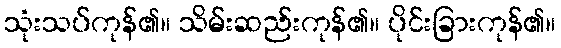
သုံးသပ်ကုန်၏။ သိမ်းဆည်းကုန်၏။ ပိုင်းခြားကုန်၏။